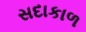
સદાકાળ